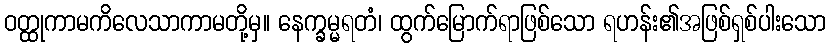
ဝတ္ထုကာမကိလေသာကာမတို့မှ။ နေက္ခမ္မရတံ၊ ထွက်မြောက်ရာဖြစ်သော ရဟန်း၏အဖြစ်ရှစ်ပါးသော